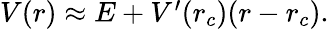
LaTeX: \begin{array}{r}{V(r)\approx E+V^{\prime}(r_{c})(r-r_{c}).}\end{array}